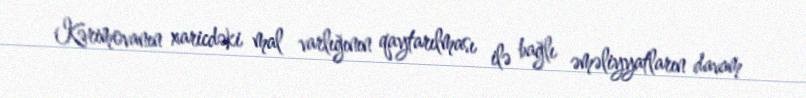
Kərimovanın xaricdəki mal varlığının qaytarılması ilə bağlı əməliyyatların davam